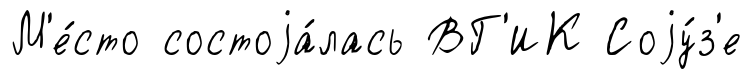
М'е́сто состоjа́лась ВГ'ИК Соjу́з'е